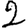
Digit: 2